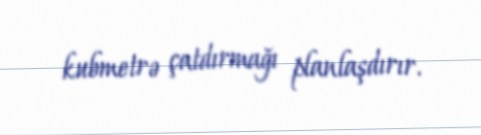
kubmetrə çatdırmağı planlaşdırır.